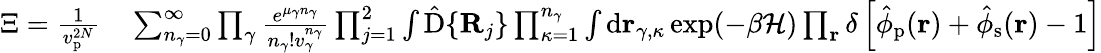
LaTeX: \begin{array}{rl}{{\Xi}=\frac{1}{v_{\mathrm{p}}^{2N}}}&{{}\sum_{n_{\gamma}=0}^{\infty}\prod_{\gamma}\frac{e^{\mu_{\gamma}n_{\gamma}}}{n_{\gamma}!v_{\gamma}^{n_{\gamma}}}\prod_{j=1}^{2}\int\mathrm{\hat{D}}\{ \mathbf{R}_{j}\} \prod_{\kappa=1}^{n_{\gamma}}\int\mathrm{d}\mathbf{r}_{\gamma,\kappa}\exp(-{\beta}\mathcal{H})\prod_{\mathbf{r}}\delta\left[\hat{\phi}_{\mathrm{p}}(\mathbf{r})+\hat{\phi}_{\mathrm{s}}(\mathbf{r})-1\right]}\end{array}